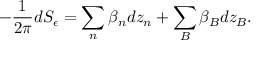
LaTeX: - \frac { 1 } { 2 \pi } d S _ { \epsilon } = \sum _ { n } \beta _ { n } d z _ { n } + \sum _ { B } \beta _ { B } d z _ { B } .